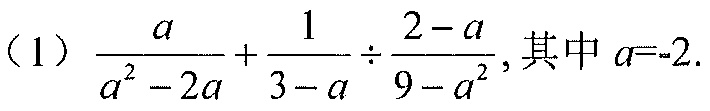
（1）\(\dfrac{a}{a^{2}-2a}+\dfrac{1}{3 - a}\div\dfrac{2 - a}{9 - a^{2}}\)，其中 \(a = - 2\).